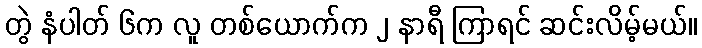
တွဲ နံပါတ် ၆က လူ တစ်ယောက်က ၂ နာရီ ကြာရင် ဆင်းလိမ့်မယ်။